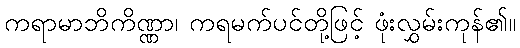
ကရာမာဘိကိဏ္ဏာ၊ ကရမက်ပင်တို့ဖြင့် ဖုံးလွှမ်းကုန်၏။